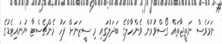
ނަމަވެސް ނަތީޖާތައް ގޯސްވުމުން ވެންހާލްގެ ބަދަލުގައި މި ސީޒަނަށް ފަހު މެންޗެސްޓާ ޔުނައިޓެޑުގެ